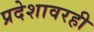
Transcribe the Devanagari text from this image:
प्रदेशावरही